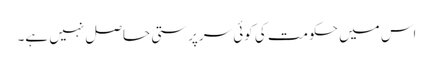
اس میں حکومت کی کوئی سرپرستی حاصل نہیں ہے۔